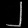
Digit: ၂